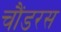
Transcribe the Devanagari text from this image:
चौंडरस